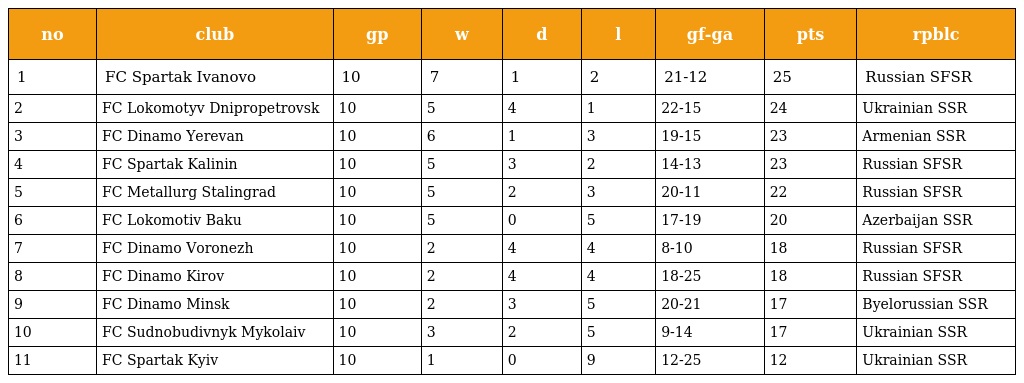
| no | club | gp | w | d | l | gf-ga | pts | rpblc |
 | --- | --- | --- | --- | --- | --- | --- | --- | --- |
 | 1 | FC Spartak Ivanovo | 10 | 7 | 1 | 2 | 21-12 | 25 | Russian SFSR |
 | 2 | FC Lokomotyv Dnipropetrovsk | 10 | 5 | 4 | 1 | 22-15 | 24 | Ukrainian SSR |
 | 3 | FC Dinamo Yerevan | 10 | 6 | 1 | 3 | 19-15 | 23 | Armenian SSR |
 | 4 | FC Spartak Kalinin | 10 | 5 | 3 | 2 | 14-13 | 23 | Russian SFSR |
 | 5 | FC Metallurg Stalingrad | 10 | 5 | 2 | 3 | 20-11 | 22 | Russian SFSR |
 | 6 | FC Lokomotiv Baku | 10 | 5 | 0 | 5 | 17-19 | 20 | Azerbaijan SSR |
 | 7 | FC Dinamo Voronezh | 10 | 2 | 4 | 4 | 8-10 | 18 | Russian SFSR |
 | 8 | FC Dinamo Kirov | 10 | 2 | 4 | 4 | 18-25 | 18 | Russian SFSR |
 | 9 | FC Dinamo Minsk | 10 | 2 | 3 | 5 | 20-21 | 17 | Byelorussian SSR |
 | 10 | FC Sudnobudivnyk Mykolaiv | 10 | 3 | 2 | 5 | 9-14 | 17 | Ukrainian SSR |
 | 11 | FC Spartak Kyiv | 10 | 1 | 0 | 9 | 12-25 | 12 | Ukrainian SSR |